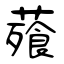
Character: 薞